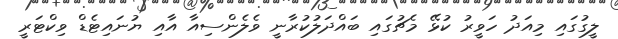
ލީގުގައި މިއަދު ހަވީރު ކުޅޭ މެޗުގައި ބައްދަލުކުރާނީ ވެލެންސިއާ އާއި ޔުނައިޓެޑް ވިކްޓަރީ